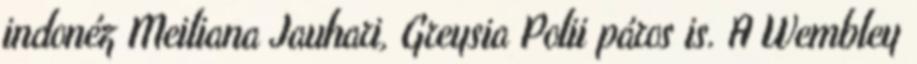
indonéz Meiliana Jauhari, Greysia Polii páros is. A Wembley